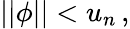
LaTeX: \begin{array}{r}{\vert\vert\phi\vert\vert<u_{n}\, ,}\end{array}